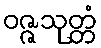
ဝဇ္ဇသုတ္တံ